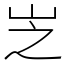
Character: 㞫